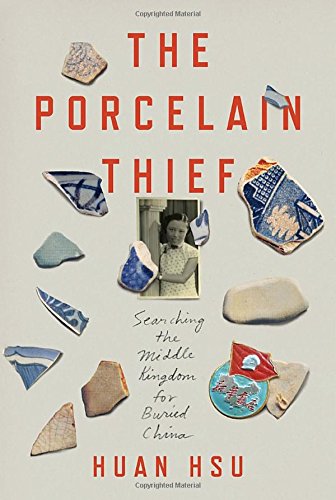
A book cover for The Porcelain Thief: Searching the Middle Kingdom for Buried China; Huan Hsu; Biographies & Memoirs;